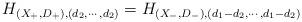
LaTeX: \begin{align*}H_{(X_+,D_+),(d_2,\cdots,d_2)}=H_{(X_-,D_-),(d_1-d_2,\cdots,d_1-d_2)}\end{align*}